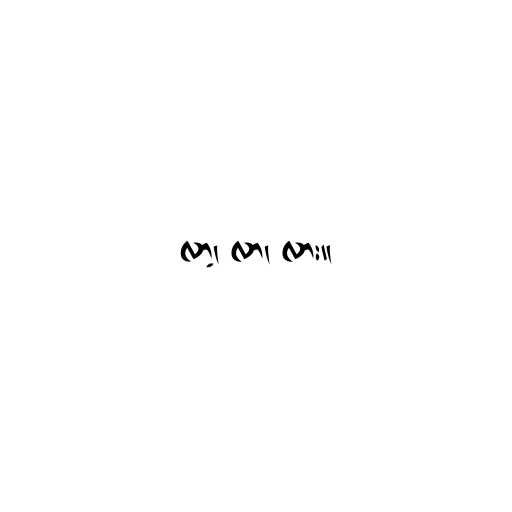
လာ့၊ လာ၊ လား။